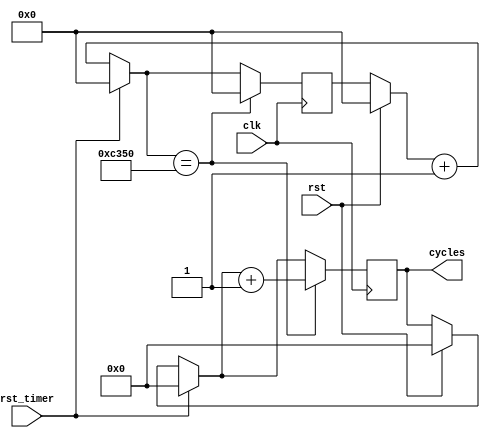
////////////////////////////////////////////////////////////////////////////
//	Revision: 1
// Description: Contador para determinar tiempo de envio y recepcin del mdulo de Wi-Fi ESP8266.
////////////////////////////////////////////////////////////////////////////

module timer(clk, rst, rst_timer, cycles);
	
	//--------------------Entradas
	input clk;
	input rst;
	input rst_timer;
	
	//--------------------Salidas
	output [15:0]cycles;
	
	reg [19:0]counter;	
	reg [15:0]cycles;
	
	parameter [19:0]PERIOD = 50000; // Nexys2 50000.
	
	always @(posedge clk) begin
		if(rst) begin
			cycles = 0;
			counter = 0;
		end
		
		if(rst_timer) begin
			cycles = 0;
			counter = 0;
		end else begin
			counter = counter + 1;
		end	
			
		if(counter == PERIOD) begin
			counter = 0;
			cycles = cycles + 1;
		end
	end
endmodule